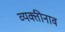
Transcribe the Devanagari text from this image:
व्यक्तीनाव